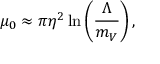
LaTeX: \mu _ { 0 } \approx \pi \eta ^ { 2 } \ln \left( \frac { \Lambda } { m _ { V } ^ { } } \right) ,